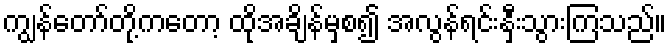
ကျွန်တော်တို့ကတော့ ထိုအချိန်မှစ၍ အလွန်ရင်းနှီးသွားကြသည်။